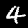
Digit: 4